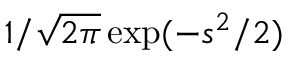
1 / \sqrt { 2 \pi } \exp ( - s ^ { 2 } / 2 )